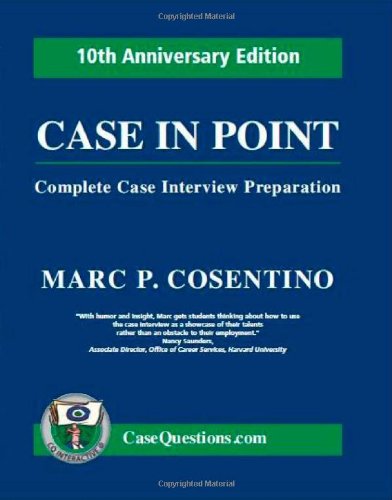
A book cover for Case in Point: Complete Case Interview Preparation (10th Anniversary Edition); Marc P. Cosentino; Business & Money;